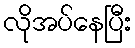
လိုအပ်နေပြီး